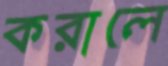
করালে